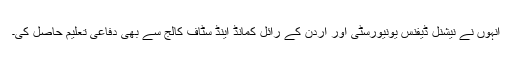
انہوں نے نیشنل ڈیفنس یونیورسٹی اور اردن کے رائل کمانڈ اینڈ سٹاف کالج سے بھی دفاعی تعلیم حاصل کی۔